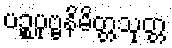
ပဉ္စပုဗ္ဗနိမိတ္တသုတ္တ